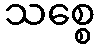
သစ္စေ